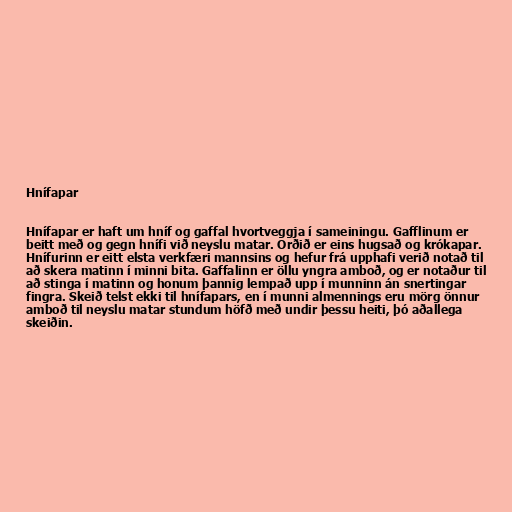
Hnífapar

Hnífapar er haft um hníf og gaffal hvortveggja í sameiningu. Gafflinum er
beitt með og gegn hnífi við neyslu matar. Orðið er eins hugsað og krókapar.
Hnífurinn er eitt elsta verkfæri mannsins og hefur frá upphafi verið notað til
að skera matinn í minni bita. Gaffalinn er öllu yngra amboð, og er notaður til
að stinga í matinn og honum þannig lempað upp í munninn án snertingar
fingra. Skeið telst ekki til hnífapars, en í munni almennings eru mörg önnur
amboð til neyslu matar stundum höfð með undir þessu heiti, þó aðallega
skeiðin.